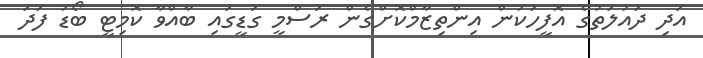
އަދި ދައުލަތުގެ އޮފީހަކުން އިންތިޒާމްކޮށްގެން ރަސްމީ ގަޑީގައި ބާއްވާ ކޮމިޓީ ބޯޑު ފަދަ